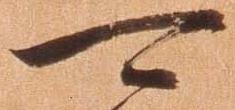
可